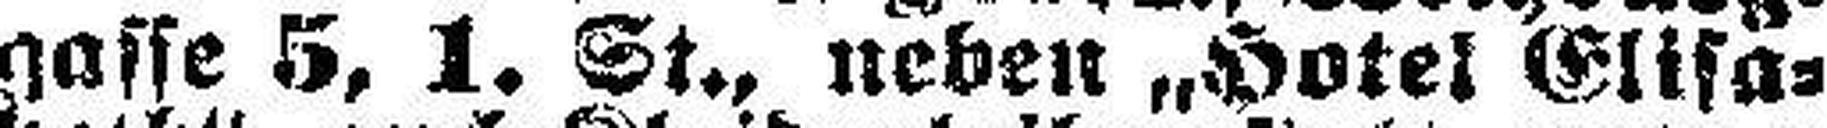
gasse 5, 1. St., neben „Hotel Elisa¬